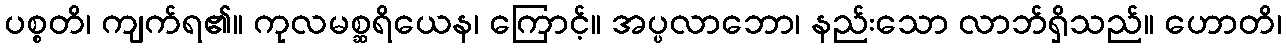
ပစ္စတိ၊ ကျက်ရ၏။ ကုလမစ္ဆရိယေန၊ ကြောင့်။ အပ္ပလာဘော၊ နည်းသော လာဘ်ရှိသည်။ ဟောတိ၊